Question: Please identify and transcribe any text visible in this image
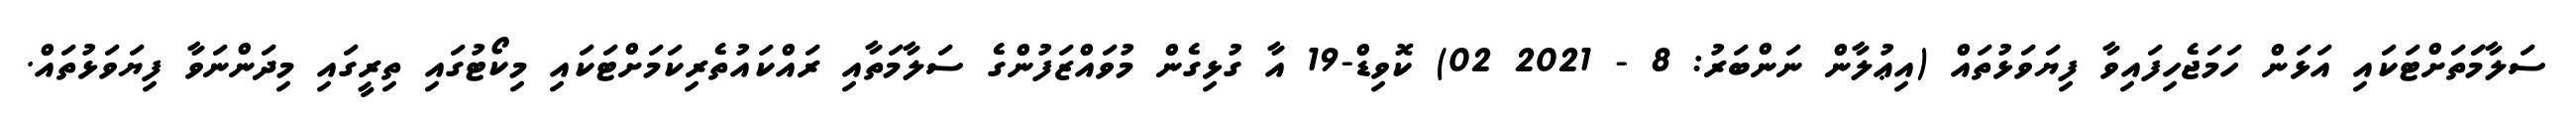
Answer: ސަލާމަަތަށްޓަކައި އަޅަން ހަމަޖެހިފައިވާ ފިޔަވަޅުތައް (އިޢުލާން ނަންބަރު: 8 - 2021 02) ކޮވިޑް-19 އާ ގުޅިގެން މުވައްޒަފުންގެ ސަލާމަތާއި ރައްކައުތެރިކަމަށްޓަކައި މިކޯޓުގައި ތިރީގައި މިދަންނަވާ ފިޔަވަޅުތައް.